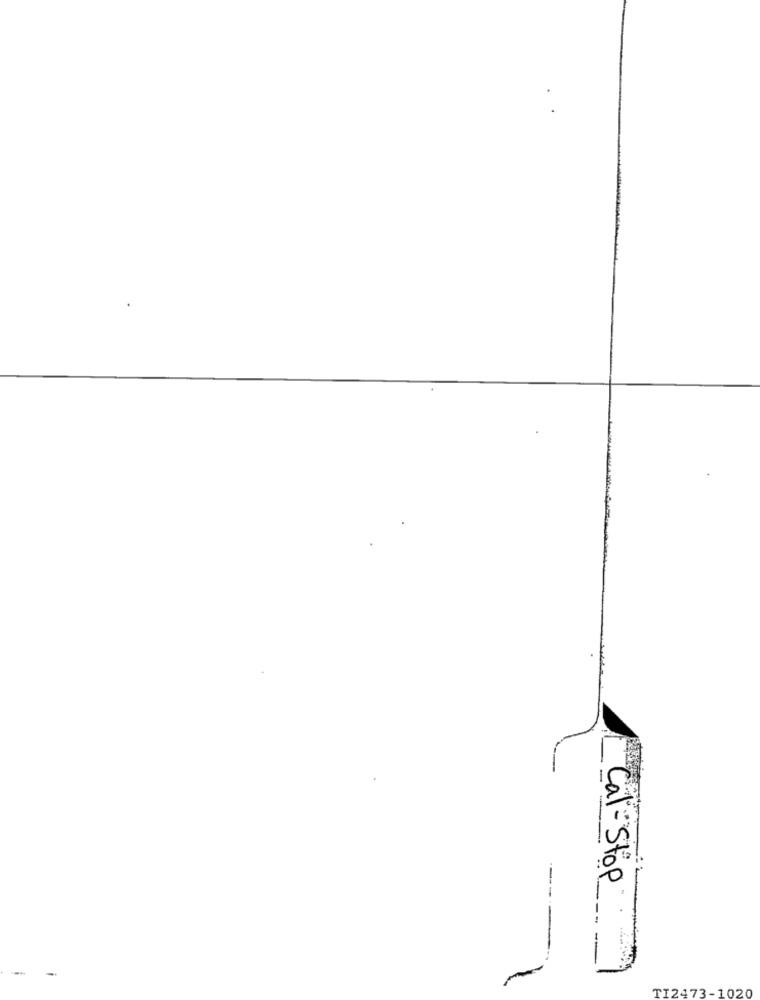
--
Cal- Stop )
TI2473-1020